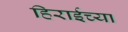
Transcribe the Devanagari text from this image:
हिराईच्या